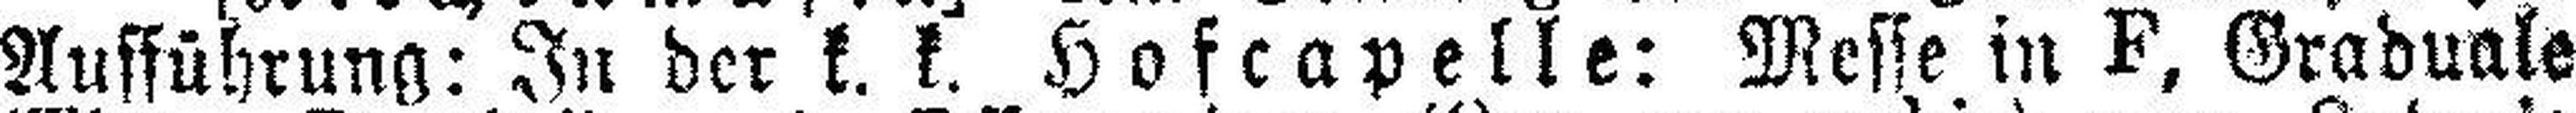
Aufführung: In der k. k. Hofcapelle: Messe in F, Graduale